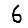
Digit: 6